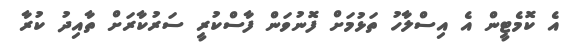
އެ ކޮމެޓީން އެ އިސްލާހު ތަޅުމަށް ފޮޮނުވަން ފާސްކުރީ ސަރުކާރަށް ތާއިދު ކުރާ